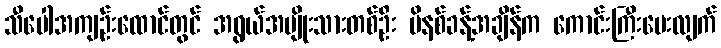
သီပေါအကျဉ်းထောင်တွင် အရွယ်အမျိုးသားတစ်ဦး မိနစ်ခန့်အချိန်က ကောင်းကြီးပေးလျက်